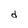
Character: d